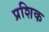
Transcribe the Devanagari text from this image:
प्रशिक